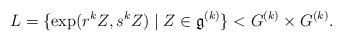
LaTeX: \begin{align*} L= \{ \exp(r^k Z, s^k Z)\mid Z\in\mathfrak g^{(k)}\} < G^{(k)}\times G^{(k)}. \end{align*}